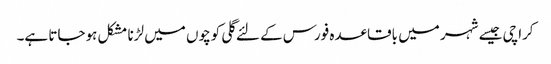
کراچی جیسے شہر میں باقاعدہ فورس کے لئے گلی کوچوں میں لڑنا مشکل ہوجاتا ہے۔